Burma Government Medical School reports 1923-41
Year: 1923
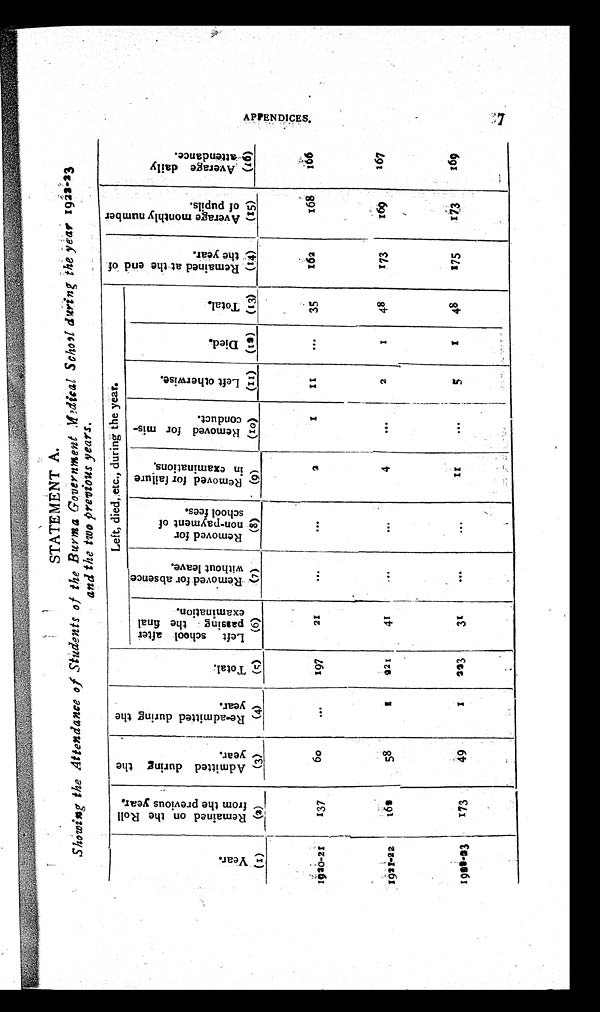
STATEMENT A.
Showing the Attendance of Students of the Burma Government Medical School during the year
1922-23
and the two previous years.
Year.
R e m a i n e d o n t h e R o l l f r o m t h e p r e v i o u s y e a r .
A d m i t t e d d u r i n g t h e y e a r .
R e - a d m i t t e d d u r i n g t h e y e a r .
T o t a l .
L e f t s c h o o l a f t e r p a s s i n g t h e f i n a l e x a m i n a t i o n .
Left, died, etc., during the year.
Died.
Total.
R e m a i n e d a t t h e e n d o f t h e y e a r .
A v e r a g e m o n t h l y n u m b e r o f p u p i l s .
A v e r a g e d a i l y a t t e n d a n c e .
R e m o v e d f o r a b s e n c e w i t h o u t l e a v e .
R e m o v e d f o r n o n - p a y m e n t o f s c h o o l f e e s .
R e m o v e d f o r f a i l u r e i n e x a m i n a t i o n s .
R e m o v e d f o r m i s - c o n d u c t .
L e f t o t h e r w i s e .
(15)
(16)
(13) (14)
(11)
(10)
(12)
(9)
(8)
(7)
(5)
(6)
(3)
(4)
(2)
(1)
1920-21
137
60
...
197
21
...
. . .
2
1
1 1
...
35
162
168
166
1921-22 1 6 2
58
1 221
41
...
...
4
...
2
1
48
173
1 6 9
167
1922-23
1 7 3
49
1
2 2 3
31
...
...
1 1
...
5
1
48
175
173
169
A P P E N D I C E S . 7